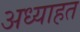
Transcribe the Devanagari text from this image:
अध्याहत